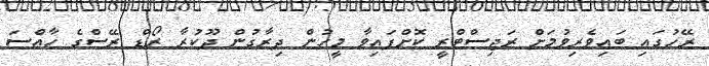
ރޭހުގައި ބައިވެރިވުމަށް ރަޖިސްޓްރީ ކޮށްފައިވާ މީހުން ދިރާގުން ދޫކުރާ ރޯޑް ރޭސްގެ ހާއްސަ